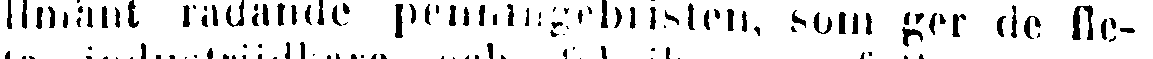
llmänt radande penningebristen, som ger de fle-